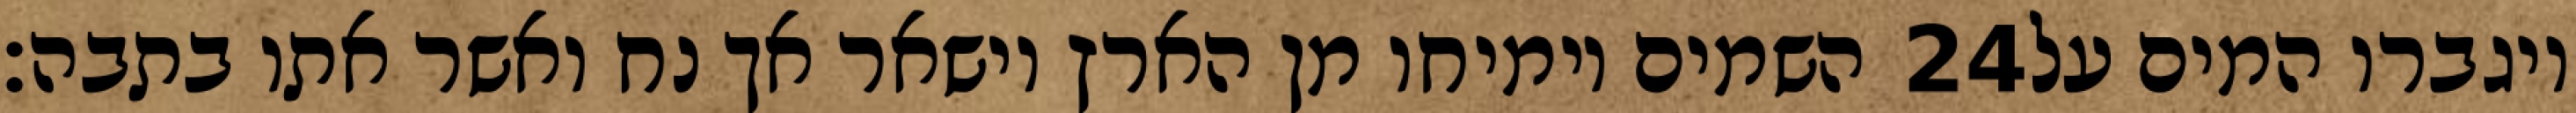
השמים וימיחו מן הארץ וישאר אך נח ואשר אתו בתבה׃ ‎24‏ ויגברו המים על